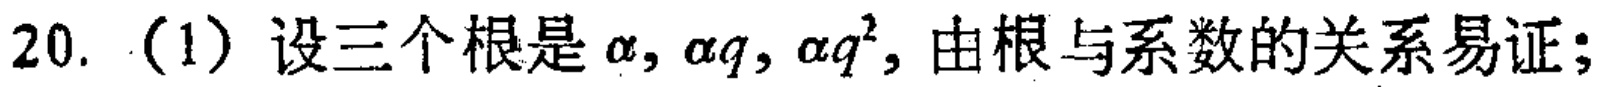
20.（1）设三个根是\(\alpha,\alpha q,\alpha q^{2}\)，由根与系数的关系易证；